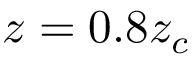
z = 0 . 8 z _ { c }